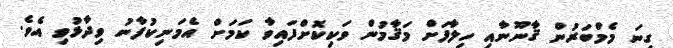
ގިނަ މެމްބަރުން ޤާނޫނާއި ހިލާފަށް މަޤާމުން ވަކިކޮށްފައިވާ ކަމަށް އެމަނިކުފާނު ވިދާޅުވި އެވެ.